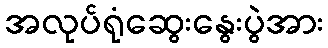
အလုပ်ရုံဆွေးနွေးပွဲအား